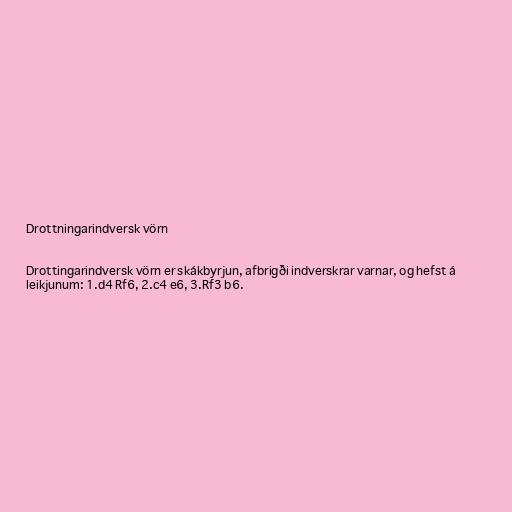
Drottningarindversk vörn

Drottingarindversk vörn er skákbyrjun, afbrigði indverskrar varnar, og hefst á
leikjunum: 1.d4 Rf6, 2.c4 e6, 3.Rf3 b6.